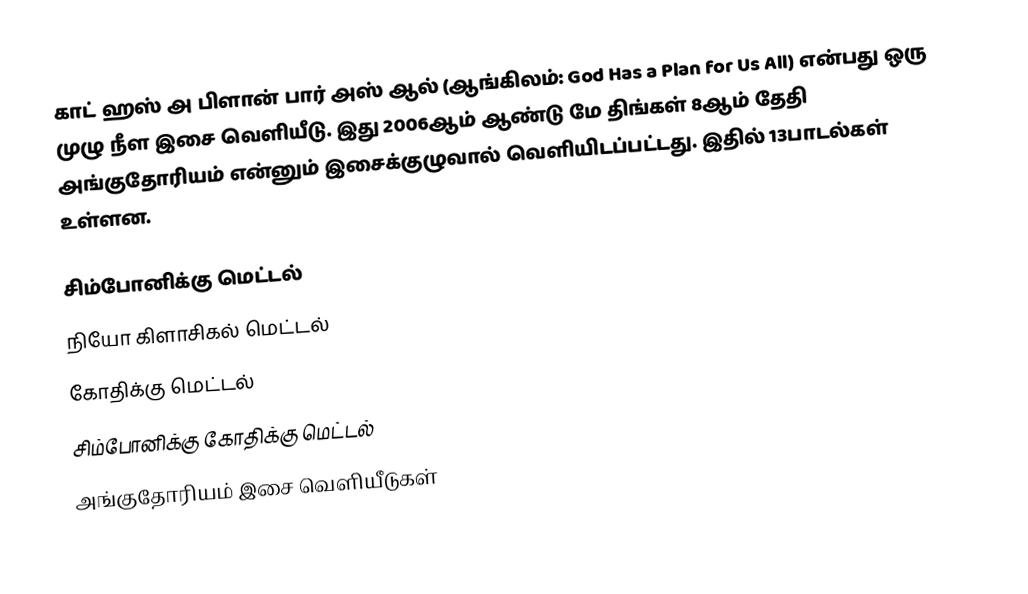
காட் ஹஸ் அ பிளான் பார் அஸ் ஆல் (ஆங்கிலம்: God Has a Plan for Us All) என்பது ஒரு முழு நீள இசை வெளியீடு. இது 2006ஆம் ஆண்டு மே திங்கள் 8ஆம் தேதி அங்குதோரியம் என்னும் இசைக்குழுவால் வெளியிடப்பட்டது. இதில் 13பாடல்கள் உள்ளன.

சிம்போனிக்கு மெட்டல்
நியோ கிளாசிகல் மெட்டல்
கோதிக்கு மெட்டல்
சிம்போனிக்கு கோதிக்கு மெட்டல்
அங்குதோரியம் இசை வெளியீடுகள்